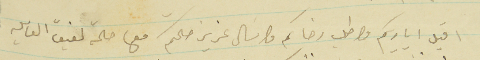
اقبل اياديكم واطلب رضاكم واسال عزيز صحتكم مع حالة لفيف العايله